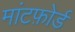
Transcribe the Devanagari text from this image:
मांटफ़ोर्ड